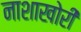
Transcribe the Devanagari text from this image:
नाशाखोरी